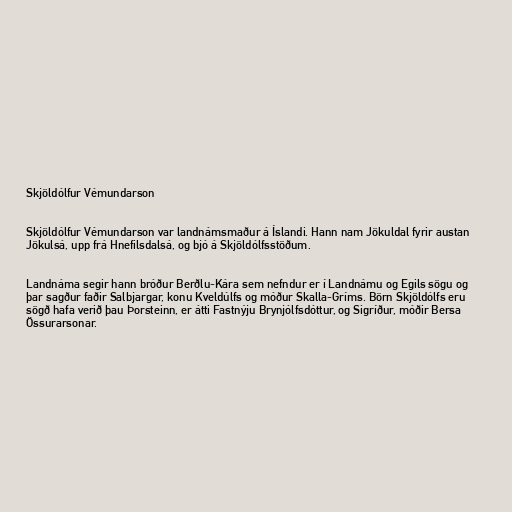
Skjöldólfur Vémundarson

Skjöldólfur Vémundarson var landnámsmaður á Íslandi. Hann nam Jökuldal fyrir austan
Jökulsá, upp frá Hnefilsdalsá, og bjó á Skjöldólfsstöðum.

Landnáma segir hann bróður Berðlu-Kára sem nefndur er í Landnámu og Egils sögu og
þar sagður faðir Salbjargar, konu Kveldúlfs og móður Skalla-Gríms. Börn Skjöldólfs eru
sögð hafa verið þau Þorsteinn, er átti Fastnýju Brynjólfsdóttur, og Sigríður, móðir Bersa
Össurarsonar.